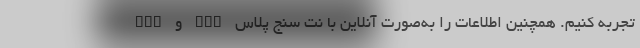
QOS و QOE تجربه کنیم. همچنین اطلاعات را به‌صورت آنلاین با نت سنج پلاس